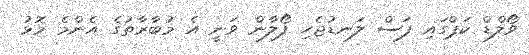
ވޯލްޑް ކަޕްގައި ފަސް ލަނޑުޖެހި ފޯލާން ވަނީ އެ މުބާރާތުގެ އެންމެ މޮޅު